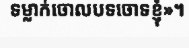
ទម្លាក់ចោលបទចោទខ្ញុំ»។